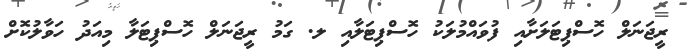
ރީޖަނަލް ހޮސްޕިޓަލަށާއި ފުވައްމުލަކު ހޮސްޕިޓަލާއި ލ. ގަމު ރީޖަނަލް ހޮސްޕިޓަލާ މިއަދު ހަވާލުކޮށް